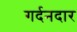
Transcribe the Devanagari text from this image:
गर्दनदार